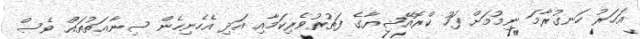
އަހަރު ހަނގުރާމަ ނިމުމަށް ފަހު ކްރޮއޭޝިޔާގެ ފަތުރުވެރިކަމާއި އަދި އެހެނިހެން ސިނާޢަތުތައް ވެސް